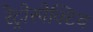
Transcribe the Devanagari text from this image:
रेट्रोस्‍पेक्टिव